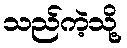
သည်ကဲ့သို့